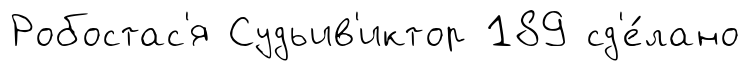
Робостас'я Судьив'иктор 189 сд'е́лано